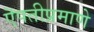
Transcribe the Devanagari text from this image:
ऎपतीप्रमाणे